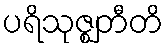
ပရိသုဇ္ဈတီတိ